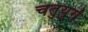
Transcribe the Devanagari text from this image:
चतुयुर्गं